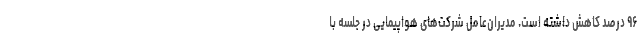
۹۶ درصد کاهش داشته است. مدیران‌عامل شرکت‌های هواپیمایی در جلسه با